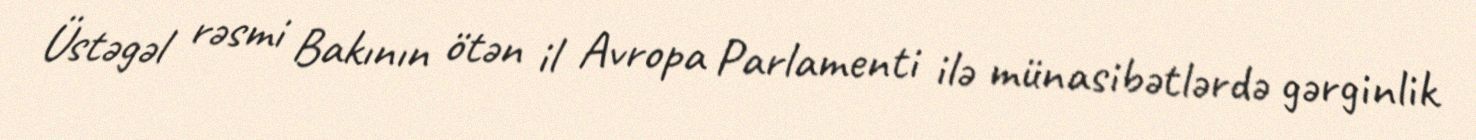
Üstəgəl rəsmi Bakının ötən il Avropa Parlamenti ilə münasibətlərdə gərginlik